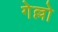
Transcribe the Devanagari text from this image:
गेल्लो